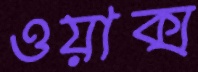
ওয়াক্স